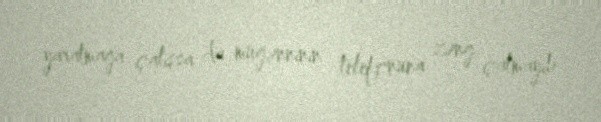
yaratmağa çalışsa da müğənninin telefonuna zəng çatmayıb.